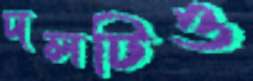
দলটিও